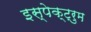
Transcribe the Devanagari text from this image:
इस्पेक्ट्रुम